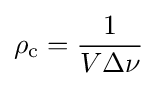
\rho _{\rm {c}}={\frac {1}{V\Delta \nu }}